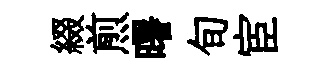
綴煎曙旬宦